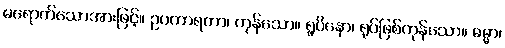
မရောက်သောအားဖြင့်။ ဥပကာရကာ၊ ကုန်သော။ ရူပိနော၊ ရုပ်ဖြစ်ကုန်သော။ ဓမ္မာ၊